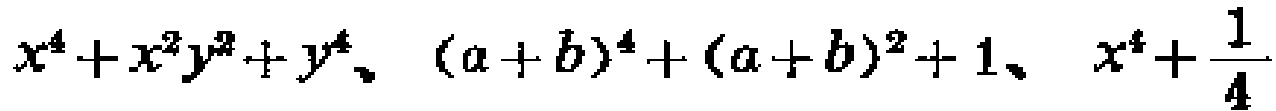
$x^{4}+x^{2}y^{2}+y^{4}、(a + b)^{4}+(a + b)^{2}+1、x^{4}+\frac{1}{4}$